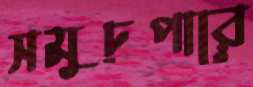
সমুদ্রপারে